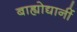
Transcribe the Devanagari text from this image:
बाह्योद्यानीं